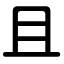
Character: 且